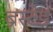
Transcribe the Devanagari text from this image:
ब्रंस्टेड